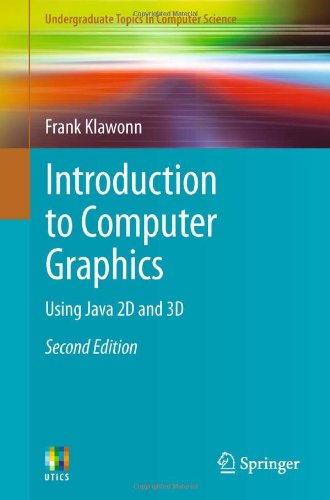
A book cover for Introduction to Computer Graphics: Using Java 2D and 3D (Undergraduate Topics in Computer Science); Frank Klawonn; Computers & Technology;